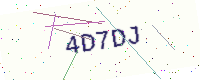
Text: 4D7DJ